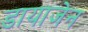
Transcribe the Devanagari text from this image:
डायाजेन